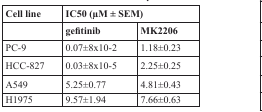
<table><thead><tr><td><b>Cell line</b></td><td colspan="2"><b>IC50 (μM ± SEM)</b></td></tr><tr><td></td><td><b>gefitinib</b></td><td><b>MK2206</b></td></tr></thead><tbody><tr><td>PC-9</td><td>0.07±8x10-2</td><td>1.18±0.23</td></tr><tr><td>HCC-827</td><td>0.03±8x10-5</td><td>2.25±0.25</td></tr><tr><td>A549</td><td>5.25±0.77</td><td>4.81±0.43</td></tr><tr><td>H1975</td><td>9.57±1.94</td><td>7.66±0.63</td></tr></tbody></table>